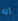
انه